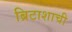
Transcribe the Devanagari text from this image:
ब्रिटाशाची